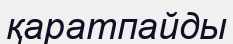
қаратпайды